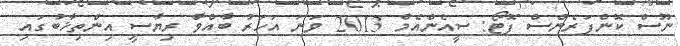
ނޫސް ކޮންފަރެންސް ފޮޓޯ: ސީއެންއެމް 2013 ވަނަ އަހަރު ބާއްވާ ރިޔާސީ އިންތިޚާބުގައި